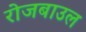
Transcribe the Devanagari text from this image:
रोजबाउल